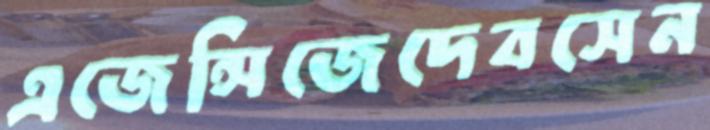
এজেন্সিজেদেবসেন